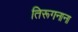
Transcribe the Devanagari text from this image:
तिरूगनाना